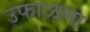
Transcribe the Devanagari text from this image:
उफाळला